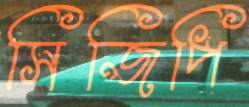
সিজিপি